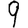
Digit: 9